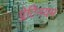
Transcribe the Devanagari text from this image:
प्लेटिनयम